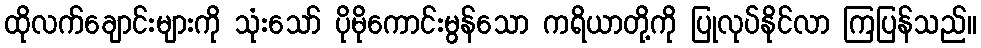
ထိုလက်ချောင်းများကို သုံးသော် ပိုမိုကောင်းမွန်သော ကရိယာတို့ကို ပြုလုပ်နိုင်လာ ကြပြန်သည်။